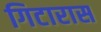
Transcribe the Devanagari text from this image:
गिटारास